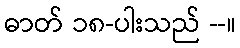
ဓာတ် ၁၈-ပါးသည် --။